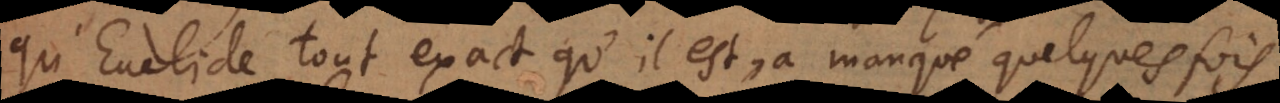
qu’Euclide, tout exact qu’il est, a manqué quelques fois,